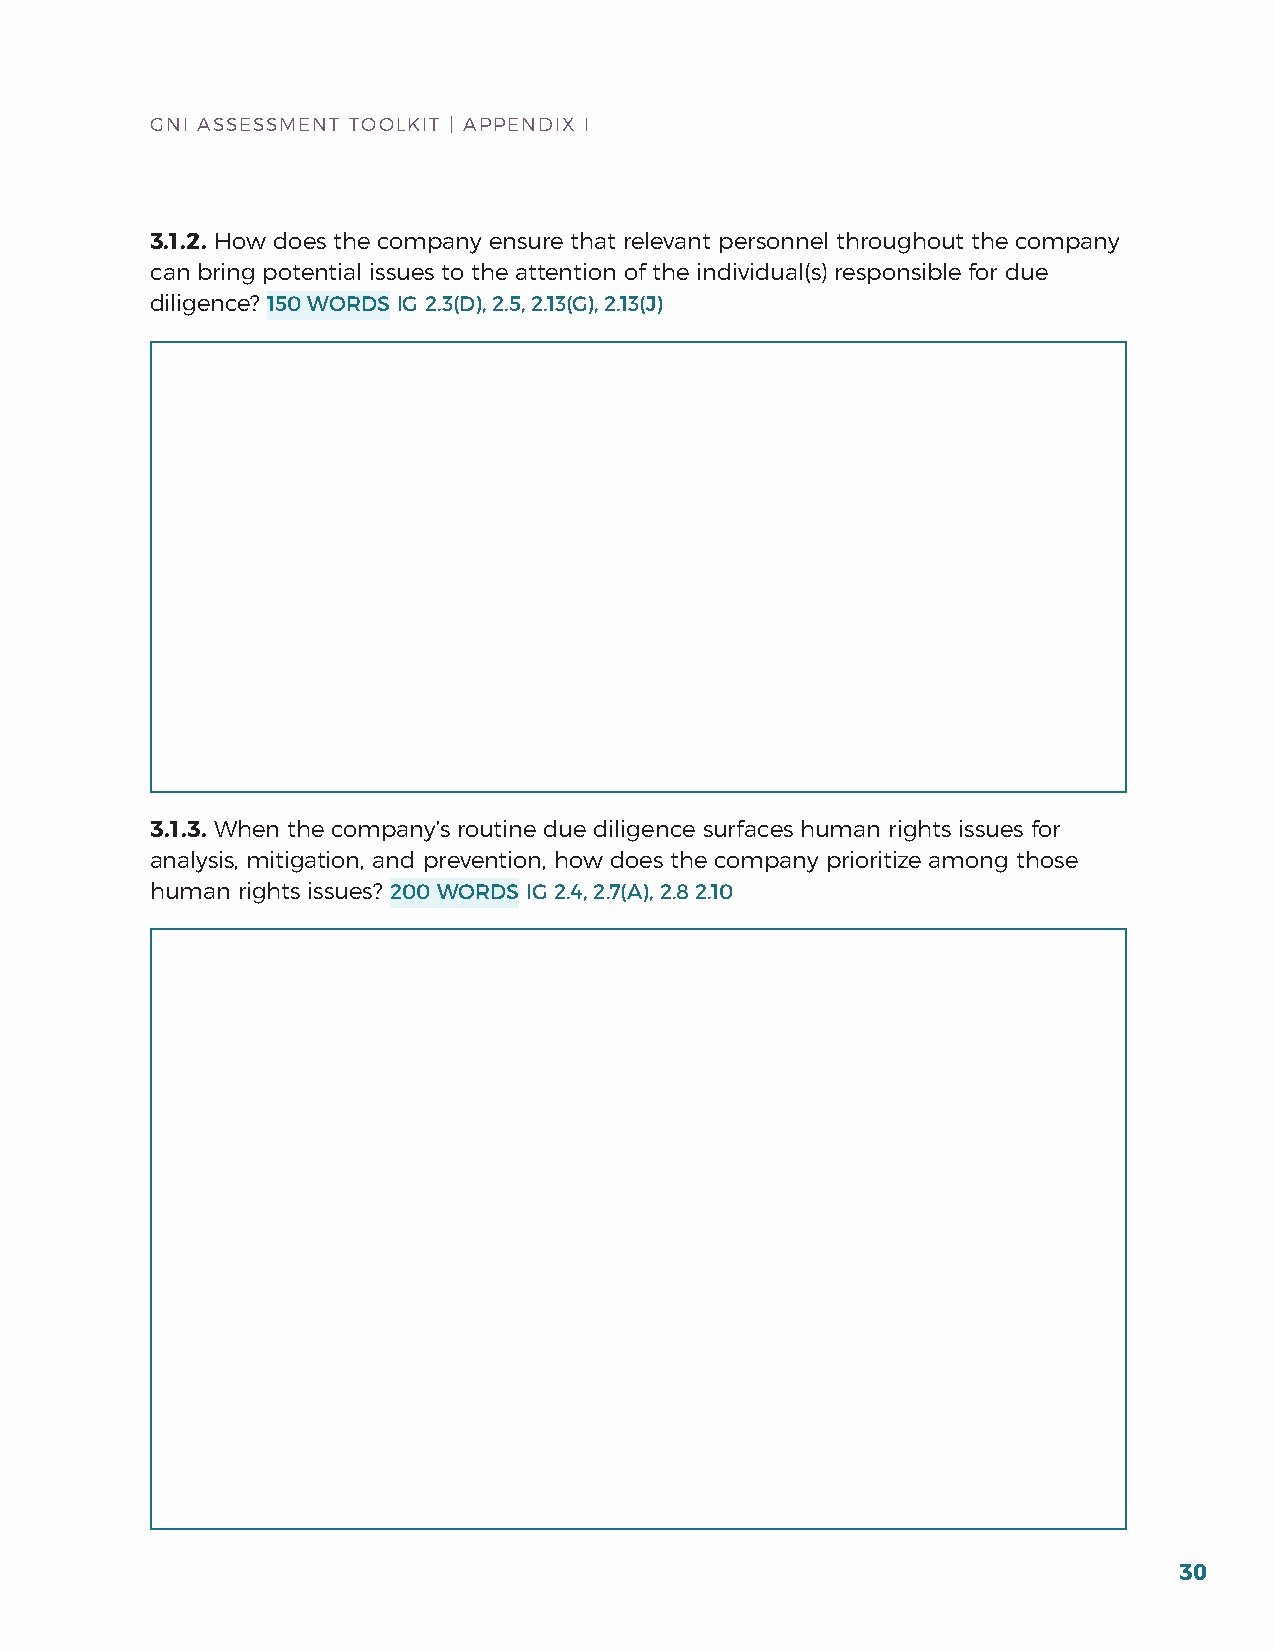
GNI ASSESSMENT TOOLKIT | APPENDIx I
 3.1.2. how does the company ensure that relevant personnel throughout the company
 can bring potential issues to the attention of the individual(s) responsible for due
 diligence? 150 WORDS IG 2.3(D), 2.5, 2.13(G), 2.13(J)
 3.1.3. When the company’s routine due diligence surfaces human rights issues for
 analysis, mitigation, and prevention, how does the company prioritize among those
 human rights issues? 200 WORDS IG 2.4, 2.7(A), 2.8 2.10
 30